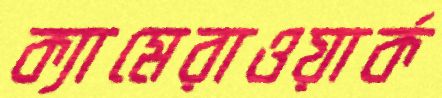
ক্যামেরাওয়ার্ক